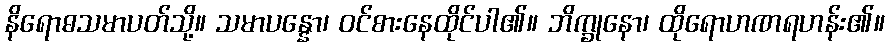
နိရောဓသမာပတ်သို့။ သမာပန္နော၊ ဝင်စားနေထိုင်ပါ၏။ ဘိက္ခုနော၊ ထိုရောဟဏရဟန်း၏။